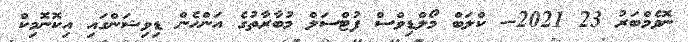
ނޮވެމްބަރު 23 2021-- ކްލަބް މޯލްޑިވްސް ފުޓްސަލް މުބާރާތުގެ އަންހެން ޑިވިޝަންގައި އިކޮނޮމިކް